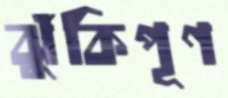
ঝুঁকিপূণ